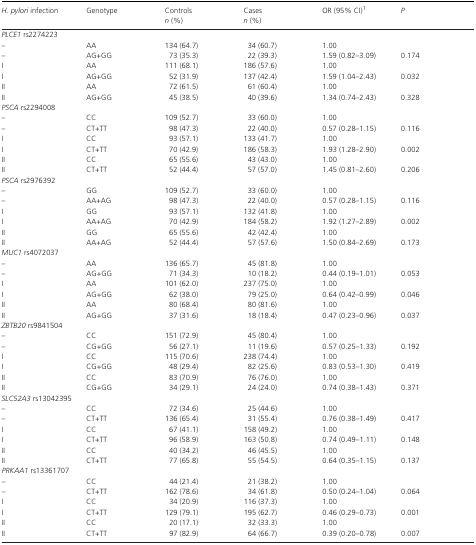
<table><thead><tr><td><b><i>H. pylori</i> infection</b></td><td><b>Genotype</b></td><td><b>Controls <i>n</i> (%)</b></td><td><b>Cases <i>n</i> (%)</b></td><td><b>OR (95% CI)a</b></td><td><b><i>P</i></b></td></tr></thead><tbody><tr><td colspan="6"><i>PLCE1</i> rs2274223</td></tr><tr><td>–</td><td>AA</td><td>134 (64.7)</td><td>34 (60.7)</td><td>1.00</td><td></td></tr><tr><td>–</td><td>AG+GG</td><td>73 (35.3)</td><td>22 (39.3)</td><td>1.59 (0.82–3.09)</td><td>0.174</td></tr><tr><td>I</td><td>AA</td><td>111 (68.1)</td><td>186 (57.6)</td><td>1.00</td><td></td></tr><tr><td>I</td><td>AG+GG</td><td>52 (31.9)</td><td>137 (42.4)</td><td>1.59 (1.04–2.43)</td><td>0.032</td></tr><tr><td>II</td><td>AA</td><td>72 (61.5)</td><td>61 (60.4)</td><td>1.00</td><td></td></tr><tr><td>II</td><td>AG+GG</td><td>45 (38.5)</td><td>40 (39.6)</td><td>1.34 (0.74–2.43)</td><td>0.328</td></tr><tr><td colspan="6"><i>PSCA</i> rs2294008</td></tr><tr><td>–</td><td>CC</td><td>109 (52.7)</td><td>33 (60.0)</td><td>1.00</td><td></td></tr><tr><td>–</td><td>CT+TT</td><td>98 (47.3)</td><td>22 (40.0)</td><td>0.57 (0.28–1.15)</td><td>0.116</td></tr><tr><td>I</td><td>CC</td><td>93 (57.1)</td><td>133 (41.7)</td><td>1.00</td><td></td></tr><tr><td>I</td><td>CT+TT</td><td>70 (42.9)</td><td>186 (58.3)</td><td>1.93 (1.28–2.90)</td><td>0.002</td></tr><tr><td>II</td><td>CC</td><td>65 (55.6)</td><td>43 (43.0)</td><td>1.00</td><td></td></tr><tr><td>II</td><td>CT+TT</td><td>52 (44.4)</td><td>57 (57.0)</td><td>1.45 (0.81–2.60)</td><td>0.206</td></tr><tr><td colspan="6"><i>PSCA</i> rs2976392</td></tr><tr><td>–</td><td>GG</td><td>109 (52.7)</td><td>33 (60.0)</td><td>1.00</td><td></td></tr><tr><td>–</td><td>AA+AG</td><td>98 (47.3)</td><td>22 (40.0)</td><td>0.57 (0.28–1.15)</td><td>0.116</td></tr><tr><td>I</td><td>GG</td><td>93 (57.1)</td><td>132 (41.8)</td><td>1.00</td><td></td></tr><tr><td>I</td><td>AA+AG</td><td>70 (42.9)</td><td>184 (58.2)</td><td>1.92 (1.27–2.89)</td><td>0.002</td></tr><tr><td>II</td><td>GG</td><td>65 (55.6)</td><td>42 (42.4)</td><td>1.00</td><td></td></tr><tr><td>II</td><td>AA+AG</td><td>52 (44.4)</td><td>57 (57.6)</td><td>1.50 (0.84–2.69)</td><td>0.173</td></tr><tr><td colspan="6"><i>MUC1</i> rs4072037</td></tr><tr><td>–</td><td>AA</td><td>136 (65.7)</td><td>45 (81.8)</td><td>1.00</td><td></td></tr><tr><td>–</td><td>AG+GG</td><td>71 (34.3)</td><td>10 (18.2)</td><td>0.44 (0.19–1.01)</td><td>0.053</td></tr><tr><td>I</td><td>AA</td><td>101 (62.0)</td><td>237 (75.0)</td><td>1.00</td><td></td></tr><tr><td>I</td><td>AG+GG</td><td>62 (38.0)</td><td>79 (25.0)</td><td>0.64 (0.42–0.99)</td><td>0.046</td></tr><tr><td>II</td><td>AA</td><td>80 (68.4)</td><td>80 (81.6)</td><td>1.00</td><td></td></tr><tr><td>II</td><td>AG+GG</td><td>37 (31.6)</td><td>18 (18.4)</td><td>0.47 (0.23–0.96)</td><td>0.037</td></tr><tr><td colspan="6"><i>ZBTB20</i> rs9841504</td></tr><tr><td>–</td><td>CC</td><td>151 (72.9)</td><td>45 (80.4)</td><td>1.00</td><td></td></tr><tr><td>–</td><td>CG+GG</td><td>56 (27.1)</td><td>11 (19.6)</td><td>0.57 (0.25–1.33)</td><td>0.192</td></tr><tr><td>I</td><td>CC</td><td>115 (70.6)</td><td>238 (74.4)</td><td>1.00</td><td></td></tr><tr><td>I</td><td>CG+GG</td><td>48 (29.4)</td><td>82 (25.6)</td><td>0.83 (0.53–1.30)</td><td>0.419</td></tr><tr><td>II</td><td>CC</td><td>83 (70.9)</td><td>76 (76.0)</td><td>1.00</td><td></td></tr><tr><td>II</td><td>CG+GG</td><td>34 (29.1)</td><td>24 (24.0)</td><td>0.74 (0.38–1.43)</td><td>0.371</td></tr><tr><td colspan="6"><i>SLC52A3</i> rs13042395</td></tr><tr><td>–</td><td>CC</td><td>72 (34.6)</td><td>25 (44.6)</td><td>1.00</td><td></td></tr><tr><td>–</td><td>CT+TT</td><td>136 (65.4)</td><td>31 (55.4)</td><td>0.76 (0.38–1.49)</td><td>0.417</td></tr><tr><td>I</td><td>CC</td><td>67 (41.1)</td><td>158 (49.2)</td><td>1.00</td><td></td></tr><tr><td>I</td><td>CT+TT</td><td>96 (58.9)</td><td>163 (50.8)</td><td>0.74 (0.49–1.11)</td><td>0.148</td></tr><tr><td>II</td><td>CC</td><td>40 (34.2)</td><td>46 (45.5)</td><td>1.00</td><td></td></tr><tr><td>II</td><td>CT+TT</td><td>77 (65.8)</td><td>55 (54.5)</td><td>0.64 (0.35–1.15)</td><td>0.137</td></tr><tr><td colspan="6"><i>PRKAA1</i> rs13361707</td></tr><tr><td>–</td><td>CC</td><td>44 (21.4)</td><td>21 (38.2)</td><td>1.00</td><td></td></tr><tr><td>–</td><td>CT+TT</td><td>162 (78.6)</td><td>34 (61.8)</td><td>0.50 (0.24–1.04)</td><td>0.064</td></tr><tr><td>I</td><td>CC</td><td>34 (20.9)</td><td>116 (37.3)</td><td>1.00</td><td></td></tr><tr><td>I</td><td>CT+TT</td><td>129 (79.1)</td><td>195 (62.7)</td><td>0.46 (0.29–0.73)</td><td>0.001</td></tr><tr><td>II</td><td>CC</td><td>20 (17.1)</td><td>32 (33.3)</td><td>1.00</td><td></td></tr><tr><td>II</td><td>CT+TT</td><td>97 (82.9)</td><td>64 (66.7)</td><td>0.39 (0.20–0.78)</td><td>0.007</td></tr></tbody></table>